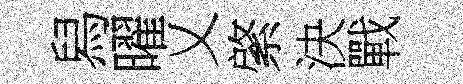
舄曜乂綮決戰